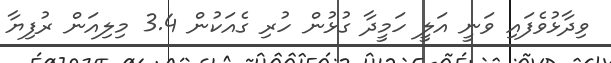
ވިދާޅުވެފައި ވަނީ އަލީ ހަމީދާ ގުޅުން ހުރި ގެއަކުން 3.4 މިލިއަން ރުފިޔާ